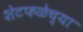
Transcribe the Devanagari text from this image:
शेटफळेच्या